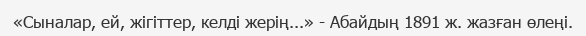
«Сыналар, ей, жігіттер, келді жерің...» - Абайдың 1891 ж. жазған өлеңі.